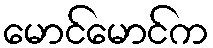
မောင်မောင်က